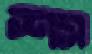
শস